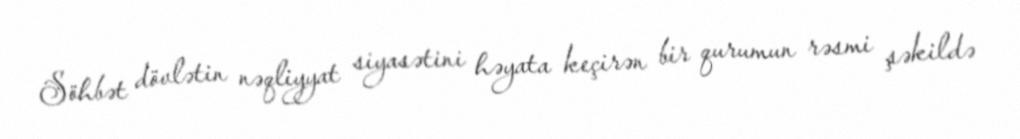
Söhbət dövlətin nəqliyyat siyasətini həyata keçirən bir qurumun rəsmi şəkildə